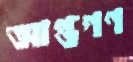
আপ্তগণ